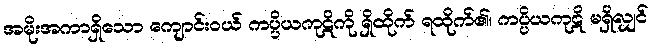
အမိုးအကာရှိသော ကျောင်းဝယ် ကပ္ပိယကုဋိကို ရှိထိုက် ရထိုက်၏၊ ကပ္ပိယကုဋိ မရှိလျှင်